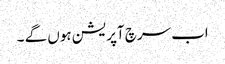
اب سرچ آپریشن ہوں گے ۔